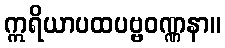
ဣရိယာပထပဗ္ဗဝဏ္ဏနာ။